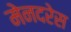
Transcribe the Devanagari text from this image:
मेनदरेस